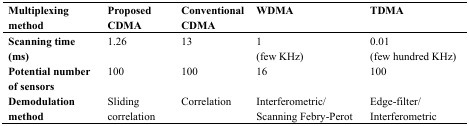
<table><thead><tr><td><b>Multiplexing method</b></td><td><b>Proposed CDMA</b></td><td><b>Conventional CDMA</b></td><td><b>WDMA</b></td><td><b>TDMA</b></td></tr></thead><tbody><tr><td><b>Scanning time (ms)</b></td><td>1.26</td><td>13</td><td>1(few KHz)</td><td>0.01(few hundred KHz)</td></tr><tr><td><b>Potential number of sensors</b></td><td>100</td><td>100</td><td>16</td><td>100</td></tr><tr><td><b>Demodulation method</b></td><td>Sliding correlation</td><td>Correlation</td><td>Interferometric/Scanning Febry-Perot</td><td>Edge-filter/Interferometric</td></tr></tbody></table>